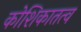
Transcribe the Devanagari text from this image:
कोशिकातत्व